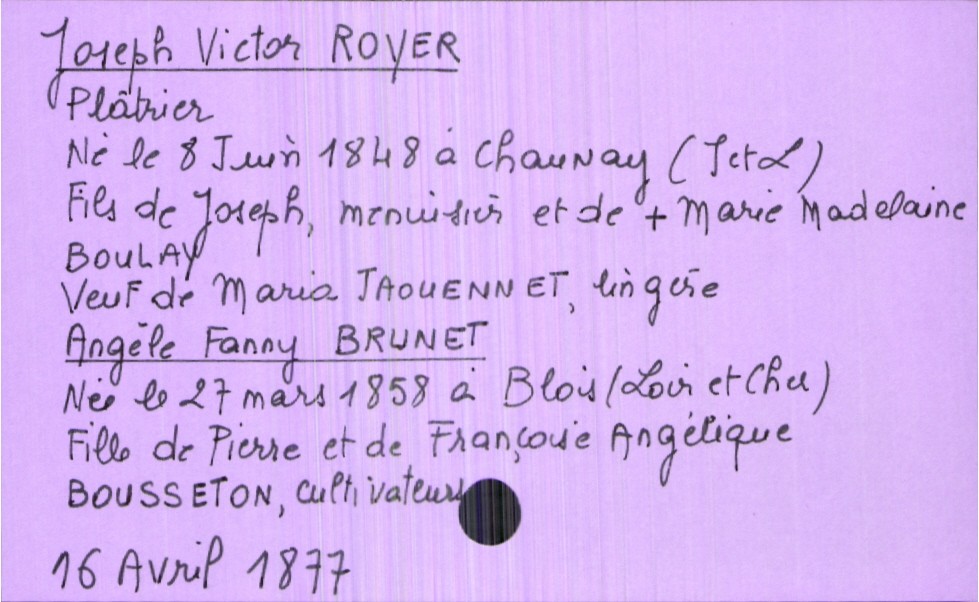
type_acte: Mariage
année: 1877
mois: avril
jour: 16
marié_nom: Royer
marié_prénom: Joseph Victor
marié_profession: plâtrier
marié_date_de_naissance: 8 juin 1848
marié_lieu_de_naissance: Chaunay (Indre et Loire)
marié_statut: veuf
père_marié_nom: Royer
père_marié_prénom: Joseph
père_marié_profession: menuisier
mère_marié_nom: Boulay
mère_marié_prénom: Marie Madelaine
mère_marié_statut: décédée
mariée_nom: Brunet
mariée_prénom: Angèle Fanny
mariée_date_de_naissance: 27 mars 1858
mariée_lieu_de_naissance: Blois (Loir et Cher)
père_mariée_nom: Brunet
père_mariée_prénom: Pierre
père_mariée_profession: cultivateur
mère_mariée_nom: Bousseton
mère_mariée_prénom: Françoise Angélique
mère_mariée_profession: cultivateur